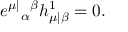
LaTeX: e ^ { \mu | } { } _ { \alpha } { } ^ { \beta } h _ { \mu | \beta } ^ { 1 } = 0 .